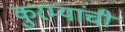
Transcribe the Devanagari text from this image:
कुरम्यांची